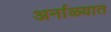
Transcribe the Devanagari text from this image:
अर्नाळ्यात